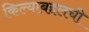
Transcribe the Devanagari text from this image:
किल्याबद्दलची